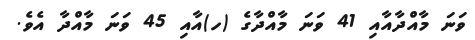
ވަނަ މާއްދާއާއި 41 ވަނަ މާއްދާގެ (ހ)އާއި 45 ވަނަ މާއްދާ އެވެ.